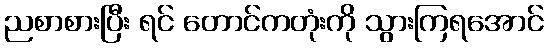
ညစာစားပြီး ရင် တောင်ကတုံးကို သွားကြရအောင်